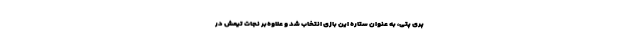
پری پتی، به عنوان ستاره این بازی انتخاب شد و علاوه‌بر نجات تیمش در